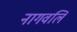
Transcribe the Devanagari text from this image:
नागवलि